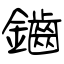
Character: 鑡